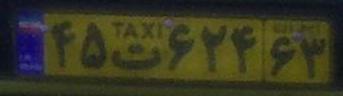
۴۵ت۶۲۴۶۳